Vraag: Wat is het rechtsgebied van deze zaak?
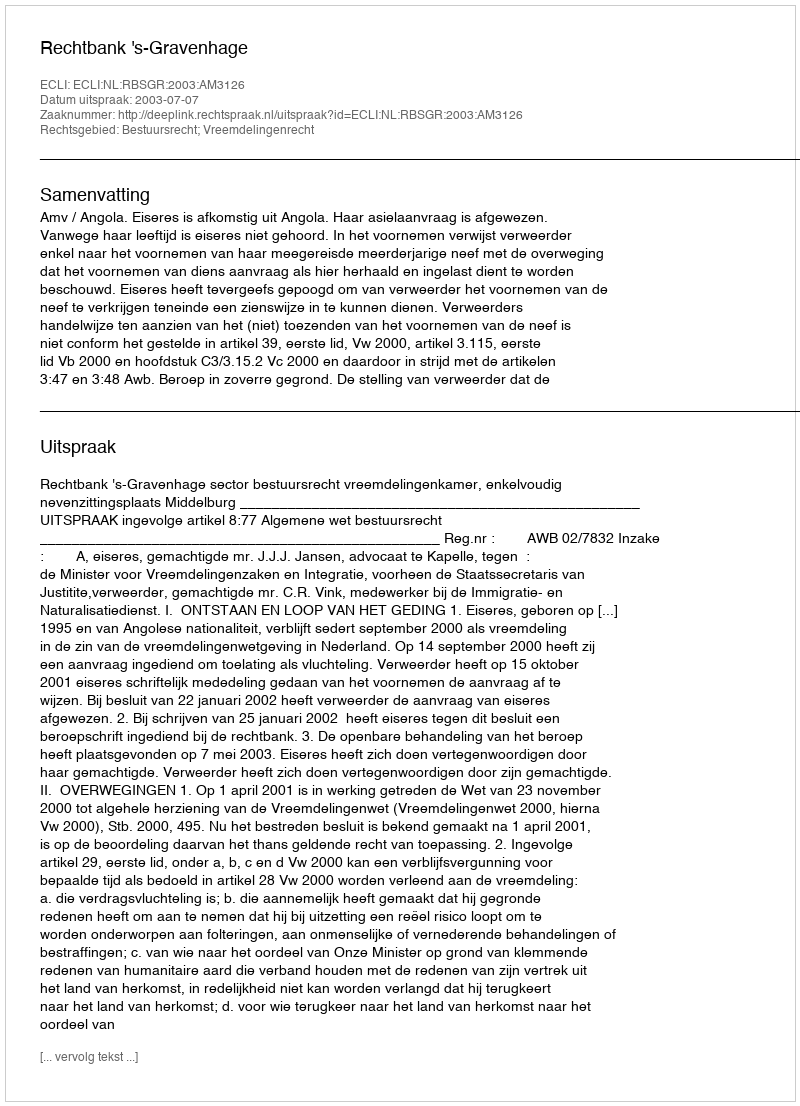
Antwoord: Bestuursrecht; Vreemdelingenrecht